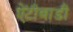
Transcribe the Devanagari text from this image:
ऐंटीबाडी